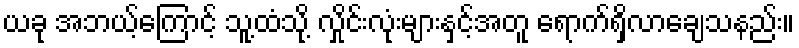
ယခု အဘယ့်ကြောင့် သူ့ထံသို့ လှိုင်းလုံးများနှင့်အတူ ရောက်ရှိလာချေသနည်း။